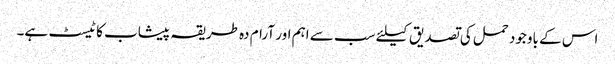
اس کے باوجود حمل کی تصدیق کیلئے سب سے اہم اور آرام دہ طریقہ پیشاب کا ٹیسٹ ہے۔